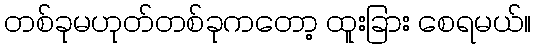
တစ်ခုမဟုတ်တစ်ခုကတော့ ထူးခြား စေရမယ်။